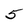
Character: 5